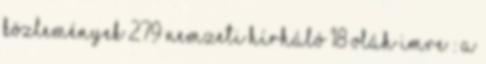
közlemények 279 Nemzeti Hírháló 18 Oláh Imre : A